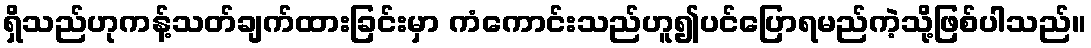
ရှိသည်ဟုကန့်သတ်ချက်ထားခြင်းမှာ ကံကောင်းသည်ဟူ၍ပင်ပြောရမည်ကဲ့သို့ဖြစ်ပါသည်။